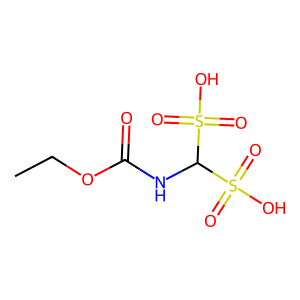
SMILES: CCOC(=O)NC(S(=O)(=O)O)S(=O)(=O)O
Inhibits HIV replication: No